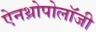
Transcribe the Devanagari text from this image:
ऐनथ्रोपोलॉजी